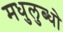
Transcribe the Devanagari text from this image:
मधुलुब्धो